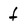
Character: f